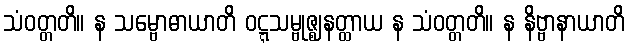
သံဝတ္တတိ။ န သမ္ဗောဓာယာတိ ဝဋ္ဋသမ္ဗုဇ္ဈနတ္ထာယ န သံဝတ္တတိ။ န နိဗ္ဗာနာယာတိ